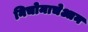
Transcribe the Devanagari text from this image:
निचोमाचेआन